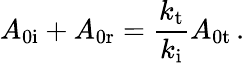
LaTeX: A_{\mathrm{0i}}+A_{\mathrm{0r}}=\frac{k_{\mathrm{t}}}{k_{\mathrm{i}}}A_{\mathrm{0t}}\, .